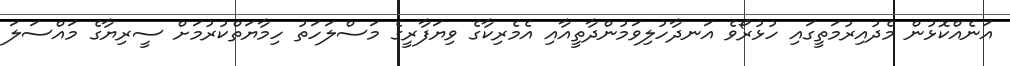
އަނެއްކޮޅުން މެދުއިރުމަތީގައި ހުޅުރޯވެ އަނދާހުލިވަމުންދާތީއާއި އެމެރިކާގެ ވިޔަފާރީގެ މަސްލަހަތު ހިމާޔަތްކުރުމަށް ސީރިޔާގެ މައްސަލަ